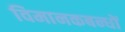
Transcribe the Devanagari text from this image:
विमानकबन्धों